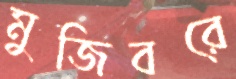
মুজিবরে